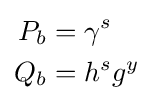
{\begin{aligned}P_{b}&=\gamma ^{s}\\Q_{b}&=h^{s}g^{y}\end{aligned}}